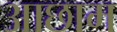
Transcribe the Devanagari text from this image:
आछाम